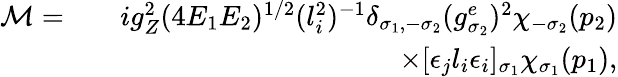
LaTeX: \begin{array}{rlr}{{\cal M}=}&{}&{ig_{Z}^{2}(4E_{1}E_{2})^{1/2}(l_{i}^{2})^{-1}\delta_{\sigma_{1},-\sigma_{2}}(g_{\sigma_{2}}^{e})^{2}\chi_{-\sigma_{2}}(p_{2})}\\ &{}&{\times[\epsilon_{j}l_{i}\epsilon_{i}]_{\sigma_{1}}\chi_{\sigma_{1}}(p_{1}),}\end{array}